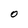
Character: O